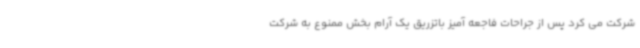
شرکت می کرد پس از جراحات فاجعه آمیز باتزریق یک آرام بخش ممنوع به شرکت